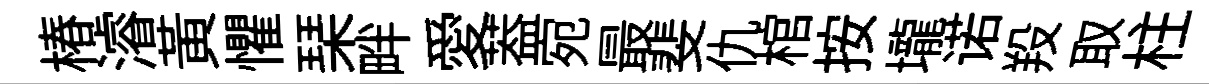
椿濬黄懼琹畔愛葢宛最斐仇棺按壠诺羖取柱